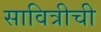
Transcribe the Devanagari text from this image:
सावित्रीची